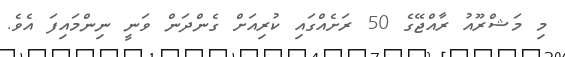
މި މަޝްރޫއު ރާއްޖޭގެ 50 ރަށެއްގައި ކުރިއަށް ގެންދަން ވަނީ ނިންމައިފަ އެވެ.